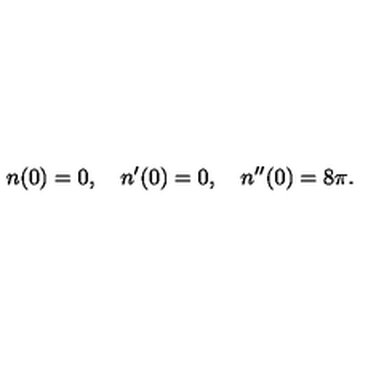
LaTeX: n ( 0 ) = 0 , \quad n ^ { \prime } ( 0 ) = 0 , \quad n ^ { \prime \prime } ( 0 ) = 8 \pi .